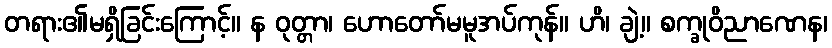
တရား၏မရှိခြင်းကြောင့်။ န ဝုတ္တာ၊ ဟောတော်မမူအပ်ကုန်။ ဟိ၊ ချဲ့။ စက္ခုဝိညာဏေန၊